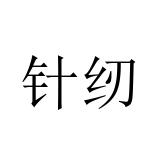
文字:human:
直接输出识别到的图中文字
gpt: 针纫